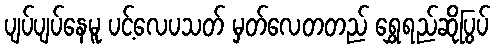
ပျပ်ပျပ်နေမူ ပင့်လေပသတ် မှတ်လေတတည် ရွှေရည်ဆိုပြွပ်